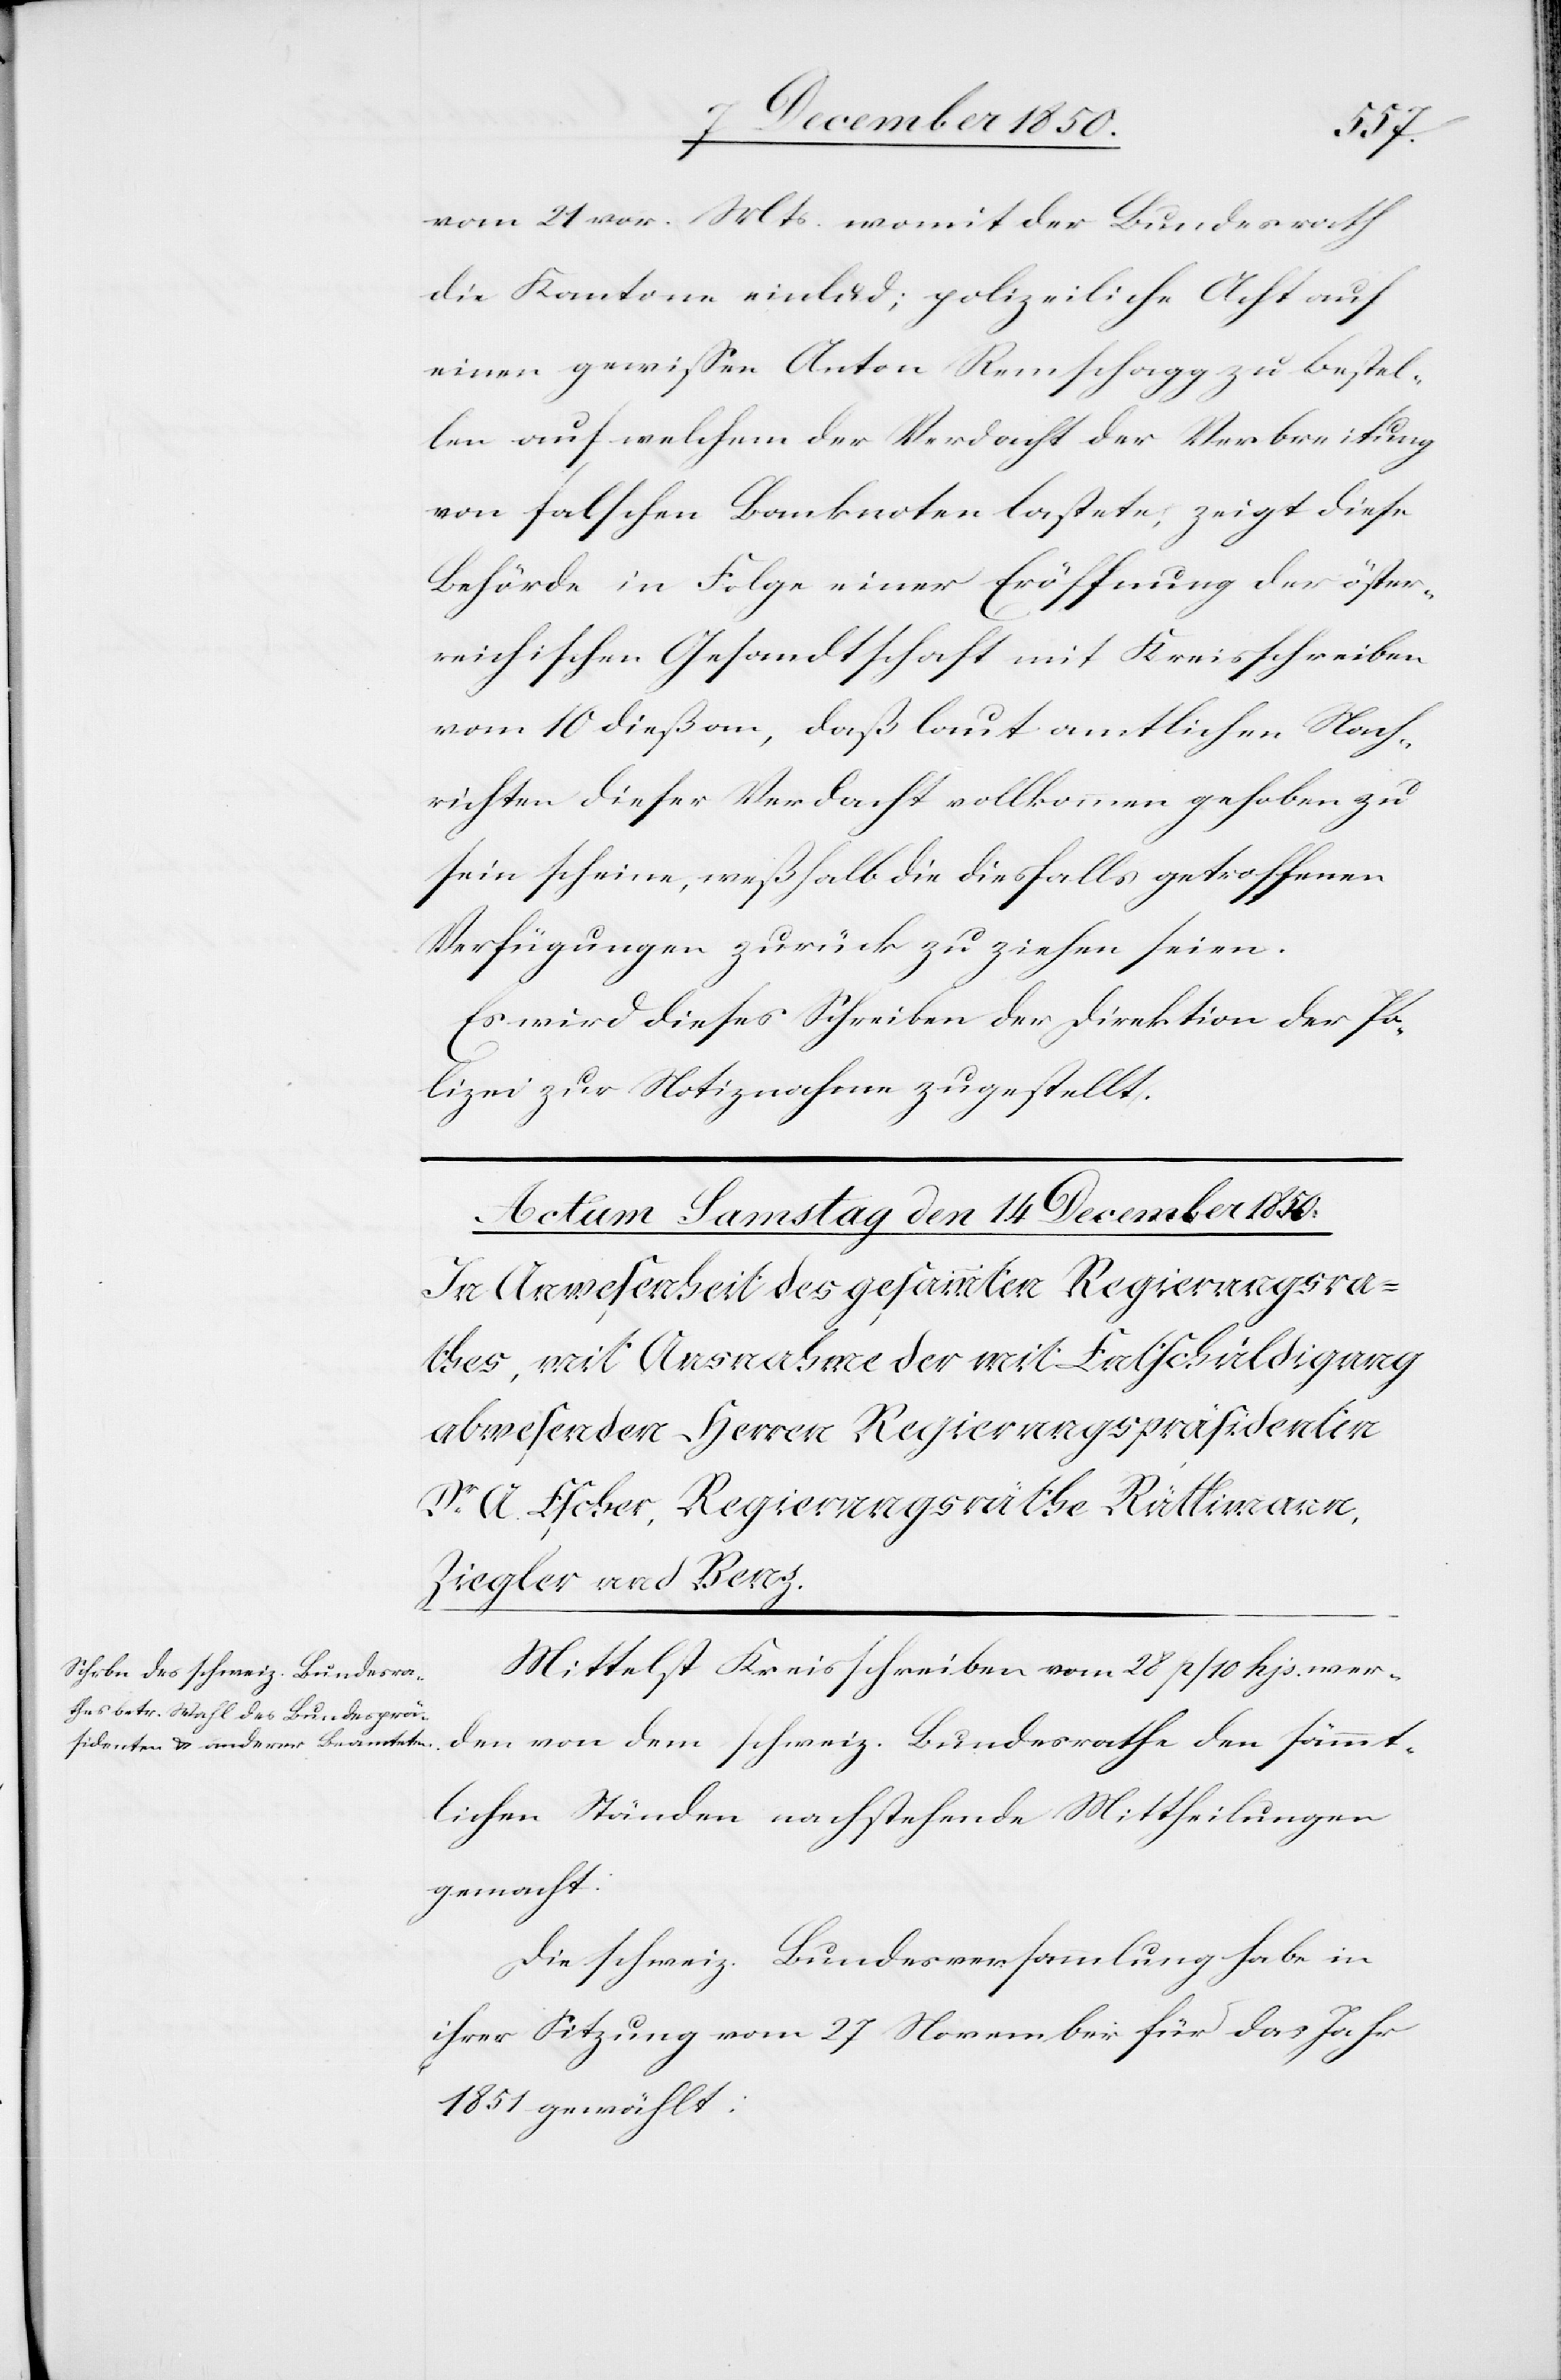
vom 21 vor. Mts. womit der Bundesrath
die Kantone einlud; polizeiliche Acht auf
einen gewissen Anton Remschagg zu bestel¬
len auf welchem der Verdacht der Verbreitung
von falschen Banknoten lastete, zeigt diese
Behörde in Folge einer Eröffnung der öster¬
reichischen Gesandtschaft mit Kreisschreiben
vom 10 dieß an, daß laut amtlichen Nach¬
richten dieser Verdacht vollkommen gehoben zu
sein scheine, weßhalb die diesfalls getroffenen
Verfügungen zurück zu ziehen seien.
Es wird dieses Schreiben der Direktion der Po¬
lizei zur Notiznahme zugestellt.
Mittelst Kreisschreiben vom 28 p / 10 hjs. wer¬
den von dem schweiz. Bundesrathe den sämmt¬
lichen Ständen nachstehende Mittheilungen
gemacht:
Die schweiz. Bundesversammlung habe in
ihrer Sitzung vom 27 November für das Jahr
1851 gewählt: